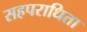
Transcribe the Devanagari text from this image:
सहपराधिता